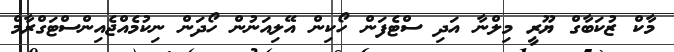
މާކް ޒުކަބާގް ޔޫރީ މިލްނާ އަދި ސްޓެފަން ހޯކިން އޭލިއަނުން ހޯދަން ނިކުމެއްޖެއިންސްޓަގްރާމް